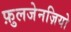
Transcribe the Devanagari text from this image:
फ़ुलजेनज़ियो